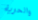
والحرية